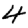
Digit: 4